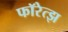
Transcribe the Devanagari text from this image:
फॉरेत्झ